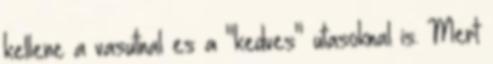
kellene a vasutnal es a "kedves" utasoknal is. Mert